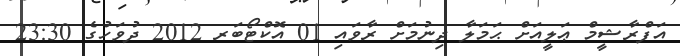
އަފްރާޝީމް ޢަލީއަށް ޙަމަލާ ދިނުމަށް ރާވައި 01 އޮކްޓޯބަރ 2012 ދުވަހުގެ 23:30